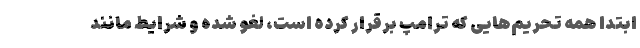
ابتدا همه تحریم‌هایی که ترامپ برقرار کرده است‌، لغو شده و شرایط مانند